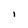
Character: i